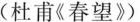
( 杜甫《 春望 》)